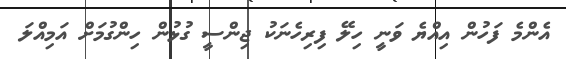
އެންމެ ފަހުން އިއްޔެ ވަނީ ހިލޭ ފިރިހެނަކު ޖިންސީ ގުޅުން ހިންގުމަށް އަމިއްލަ